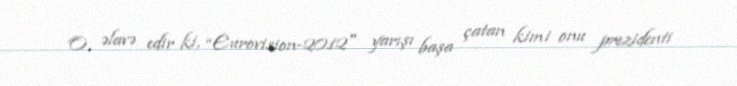
O, əlavə edir ki, “Eurovision-2012" yarışı başa çatan kimi onu prezidenti